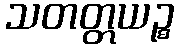
သတတ္တယဉ္စ